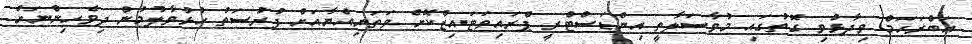
އަބްރަހަމް ވިދާޅުވި ގޮތުގައި މުވާސަލާތީ އިންޑަސްޓްރީ ޕްރައިވަޓައިޒްކޮށް ވަތަނިއްޔާއަށް ފުރުސަތު ހުޅުވާލުމުން ދިވެހިންނަށް